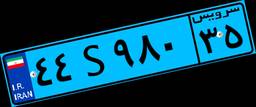
۴۴S۹۸۰۳۵